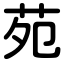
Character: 苑